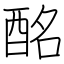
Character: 酩